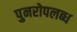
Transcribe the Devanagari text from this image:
पुनरोपलब्ध